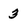
Character: 3